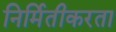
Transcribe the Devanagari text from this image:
निर्मितीकरता